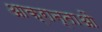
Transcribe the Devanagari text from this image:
आक्रान्ताऔ